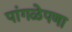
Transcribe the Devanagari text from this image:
पांगळेपणा